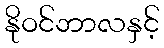
နိုဝင်ဘာလနှင့်